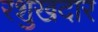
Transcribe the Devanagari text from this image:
रशुखदार